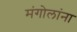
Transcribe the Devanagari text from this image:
मंगोलांना